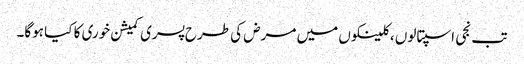
تب نجی اسپتالوں ، کلینکوں میں مرض کی طرح پسری کمیشن خوری کا کیا ہوگا۔